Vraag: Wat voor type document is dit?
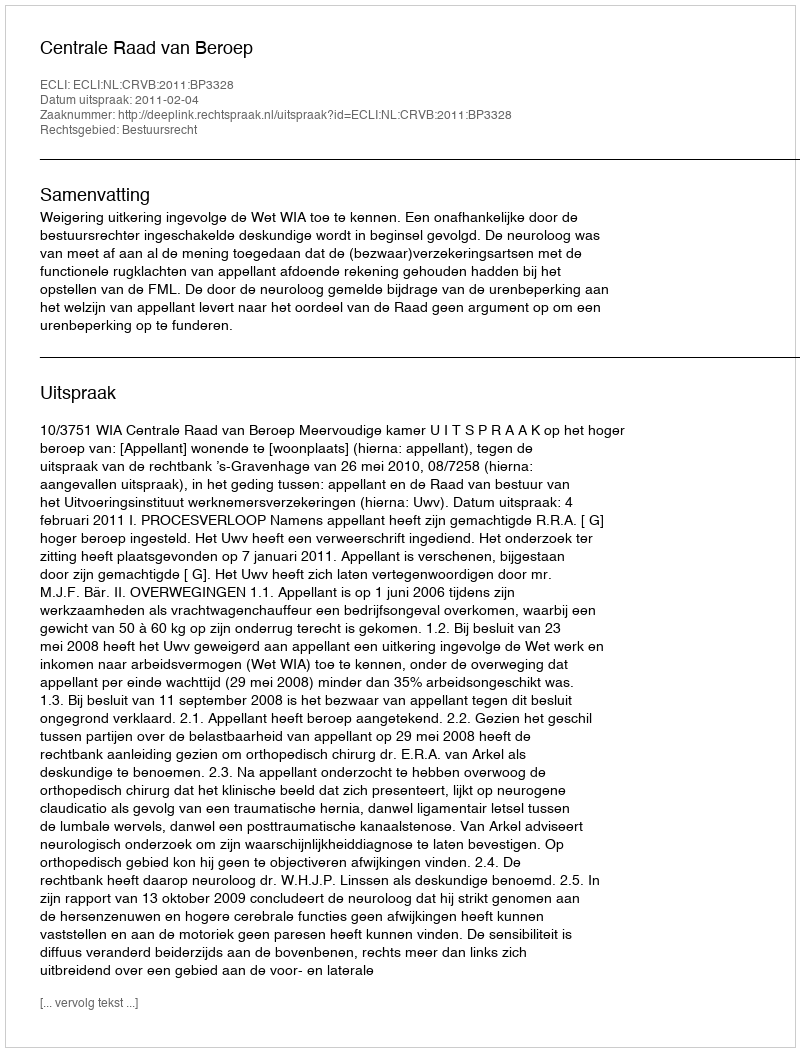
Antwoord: Uitspraak